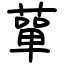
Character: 蕇